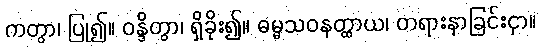
ကတွာ၊ ပြု၍။ ဝန္ဒိတွာ၊ ရှိခိုး၍။ ဓမ္မသဝနတ္ထာယ၊ တရားနာခြင်းငှာ။